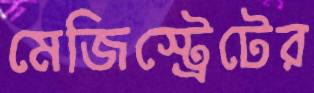
মেজিস্ট্রেটের